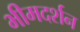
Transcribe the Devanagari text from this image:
भीमदर्शन